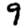
Digit: 9